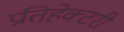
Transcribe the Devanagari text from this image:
प्रतिहेक्टरी